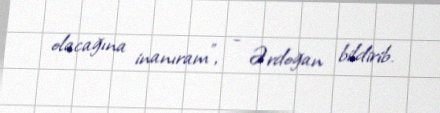
olacağına inanıram”, - Ərdoğan bildirib.